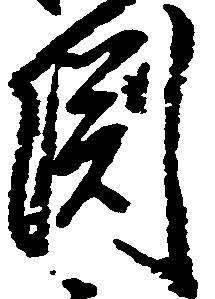
淵